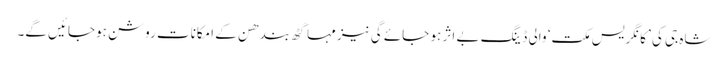
شاہ جی کی ’کانگریس مکت‘ والی ڈینگ بے اثر ہو جائے گی نیز مہاگٹھ بندھن کے امکانات روشن ہوجائیں گے۔